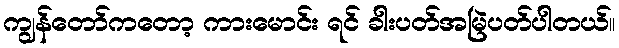
ကျွန်တော်ကတော့ ကားမောင်း ရင် ခါးပတ်အမြဲပတ်ပါတယ်။